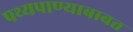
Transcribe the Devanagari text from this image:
पथ्यपाण्याबाबत